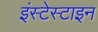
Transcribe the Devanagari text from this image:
इंस्टेस्टाइन